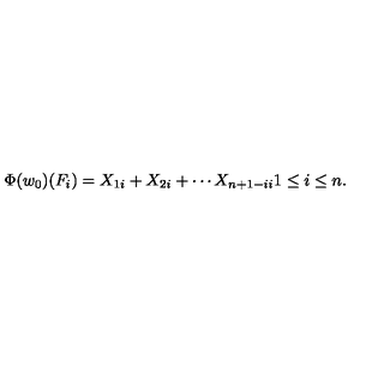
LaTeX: \Phi ( w _ { 0 } ) ( F _ { i } ) = X _ { 1 i } + X _ { 2 i } + \cdots X _ { n + 1 - i i } 1 \leq i \leq n .